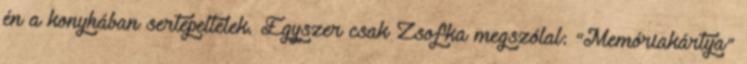
én a konyhában sertepeltélek. Egyszer csak Zsofka megszólal: "Memóriakártya"